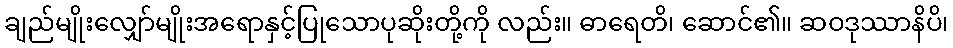
ချည်မျိုးလျှော်မျိုးအရောနှင့်ပြုသောပုဆိုးတို့ကို လည်း။ ဓာရေတိ၊ ဆောင်၏။ ဆဝဒုဿာနိပိ၊